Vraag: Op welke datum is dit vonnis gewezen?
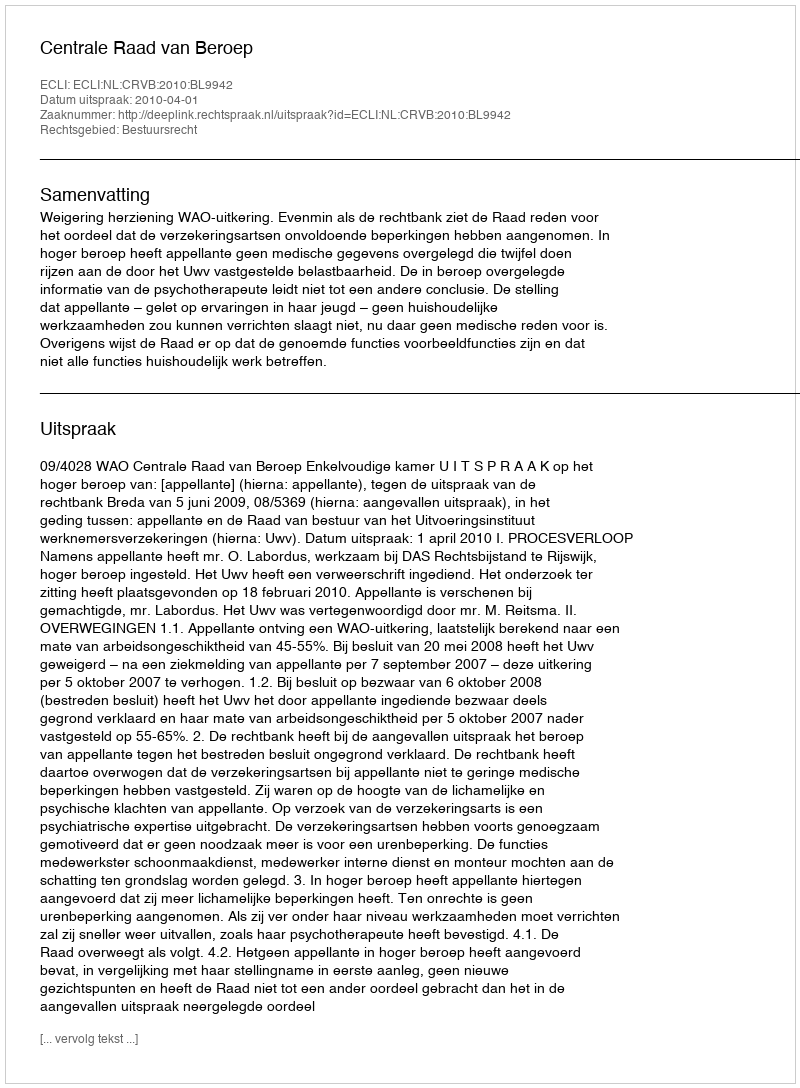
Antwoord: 2010-04-01